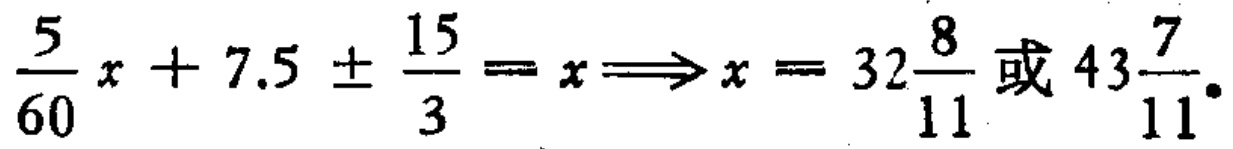
$\frac{5}{60}x + 7.5 \pm \frac{15}{3} = x\Longrightarrow x = 32\frac{8}{11}\text{或}43\frac{7}{11}.$